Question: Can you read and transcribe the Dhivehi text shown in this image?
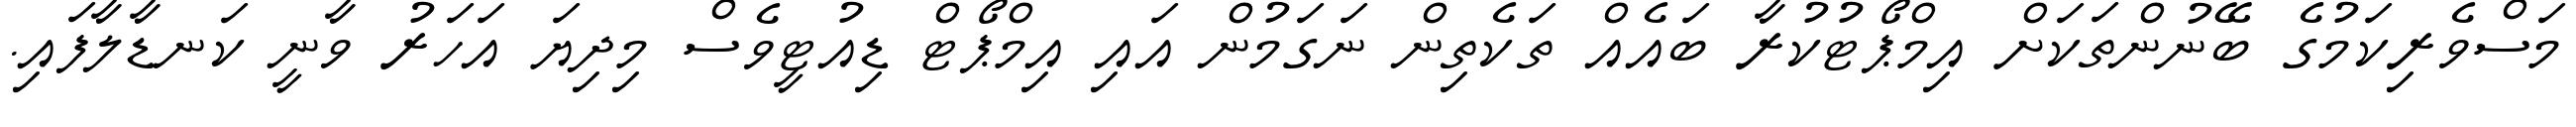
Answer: މަސްވެރިކަމުގެ ބޭނުންތަކަށް އިމްޕޯޓުކުރާ ބައެއް ތަކެތިން ނަގަމުން އައި އިމްޕޯޓް ޑިއުޓީވެސް މިދިޔަ އަހަރު ވާނީ ކަނޑާލާފައި.